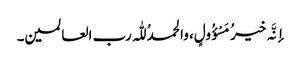
إنَّہ خیرُ مَسْؤُولٍ، والحمدُ للّٰہ رب العالمین۔